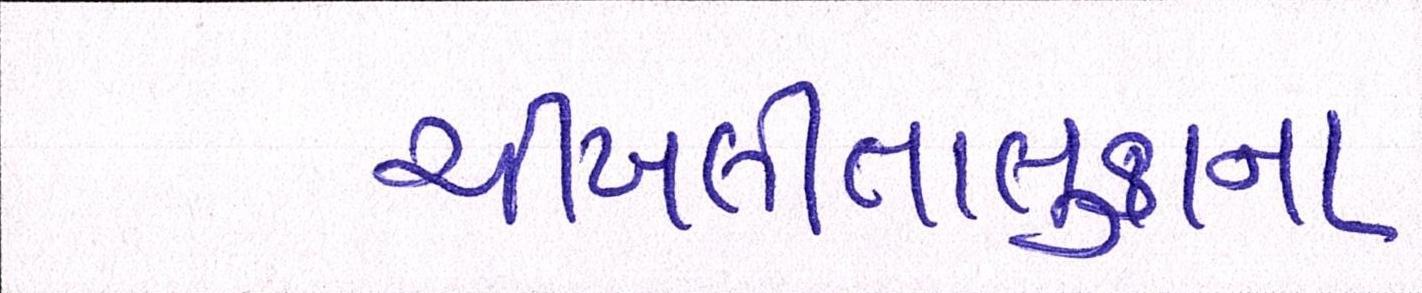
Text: ચીખલીતાલુકાના